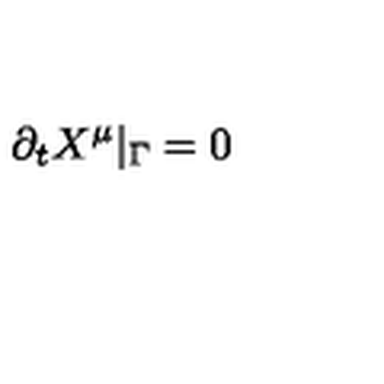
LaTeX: \partial _ { t } X ^ { \mu } | _ { \Gamma } = 0